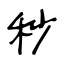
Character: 秒